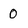
Character: 0